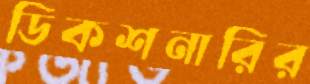
ডিকশনারির